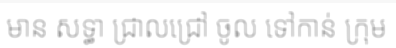
មាន សទ្ធា ជ្រាលជ្រៅ ចូល ទៅកាន់ ក្រុម